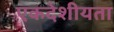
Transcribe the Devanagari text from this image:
एकदेशीयता